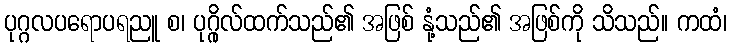
ပုဂ္ဂလပရောပရညူ စ၊ ပုဂ္ဂိုလ်ထက်သည်၏ အဖြစ် နုံ့သည်၏ အဖြစ်ကို သိသည်။ ကထံ၊